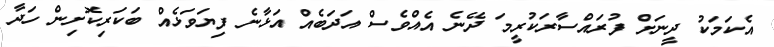
އެކަމަކު ދީނަށް ފުރައްސާރަކުރީމަ ދޭނެ އެއްވެސް އަދަބެއް އަޅާނެ ފިޔަވަޅެއް ބަކަރިކޮށިން ހަދާ